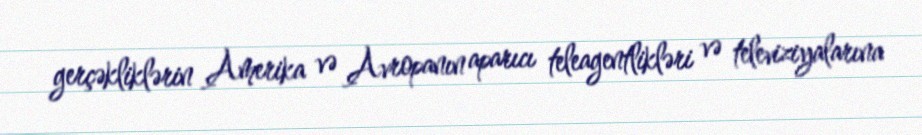
gerçəkliklərin Amerika və Avropanın aparıcı teleagentlikləri və televiziyalarına